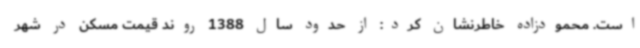
است. محمودزاده خاطرنشان کرد: از حدود سال 1388 روند قیمت مسکن در شهر